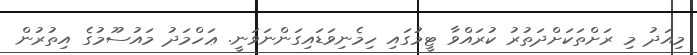
މިއަދު މި ރަށްތަކަށްދަތުރު ކުރައްވާ ޓީމުގައި ހިމެނިވަޑައިގަންނަވަނީ. ޢަހްމަދު މައުސޫމުގެ އިތުރުން